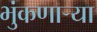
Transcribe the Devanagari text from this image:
भुंकणाऱ्या